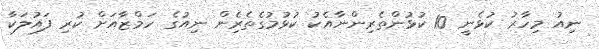
ނިއު މިހާރު ކުޅެނީ 10 ކުޅުންތެރިންނާއެކު ކުޅުމުގެތެރެިން ނިއުގެ ހަމްޒާއަށް ކުރި ފައުލަކާ